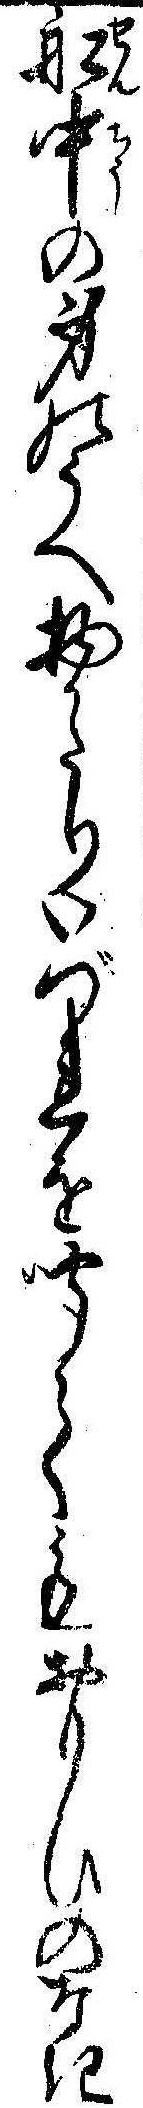
船中の身のうへ物かたりいづれを聞てもおもひのなき